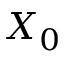
X _ { 0 }